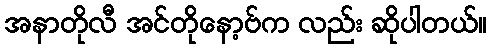
အနာတိုလီ အင်တိုနော့ဗ်က လည်း ဆိုပါတယ်။